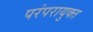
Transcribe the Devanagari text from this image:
परंपरायुक्त